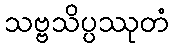
သဗ္ဗသိပ္ပဿုတံ